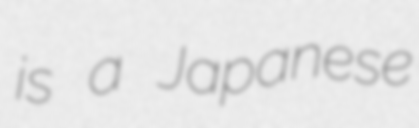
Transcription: is a Japanese